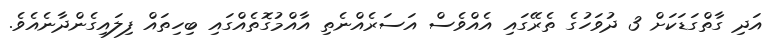
އަދި ގާތްގަޑަކަށް 3 ދުވަހުގެ ތެރޭގައި އެއްވެސް އަސަރެއްނެތި އާއްމުގޮތެއްގައި ބިހިތައް ފިލައިގެންދާނެއެވެ.